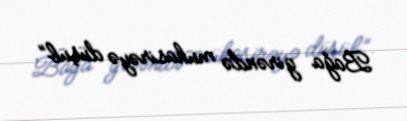
Bağa girəndə mühasirəyə düşüb”.